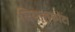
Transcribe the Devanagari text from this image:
सियालकोट।